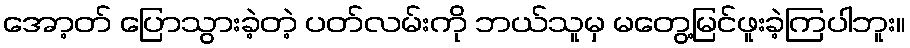
အော့တ် ပြောသွားခဲ့တဲ့ ပတ်လမ်းကို ဘယ်သူမှ မတွေ့မြင်ဖူးခဲ့ကြပါဘူး။